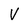
Character: V